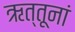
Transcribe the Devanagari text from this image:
ऋत्तूनां